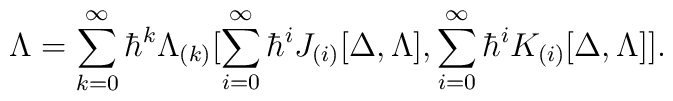
\Lambda=\sum_{k=0}^{\infty}\hbar^k\Lambda_{(k)}[\sum_{i=0}^{\infty}\hbar^i J_{(i)}[\Delta,\Lambda],\sum_{i=0}^{\infty}\hbar^i K_{(i)}[\Delta,\Lambda]].